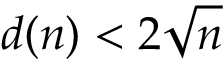
d ( n ) < 2 { \sqrt { n } }